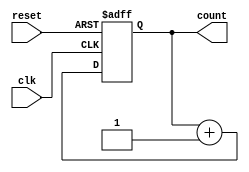
module async_reset_sync_counter (
    input wire clk,          // Clock signal
    input wire reset,        // Asynchronous reset signal (active high)
    output reg [3:0] count   // 4-bit counter output
);

// Behavioral description of the counter
always @(posedge clk or posedge reset) begin
    if (reset) begin
        count <= 4'b0000;    // Asynchronously reset count to 0
    end else begin
        count <= count + 1;   // Increment count on clock edge
    end
end

endmodule